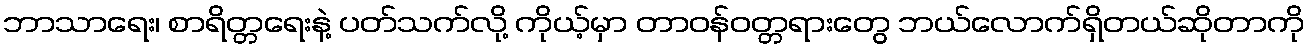
ဘာသာရေး၊ စာရိတ္တရေးနဲ့ ပတ်သက်လို့ ကိုယ့်မှာ တာဝန်ဝတ္တရားတွေ ဘယ်လောက်ရှိတယ်ဆိုတာကို